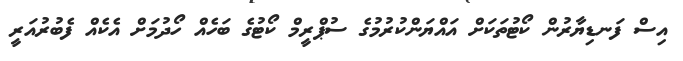
އިސް ފަނޑިޔާރުން ކޯޓުތަކަށް އައްޔަންކުރުމުގެ ސުޕްރީމް ކޯޓުގެ ބަހެއް ހޯދުމަށް އެކެއް ފެބުރުއަރީ